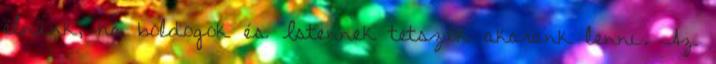
élnünk, ha boldogok és Istennek tetszők akarunk lenni. Az